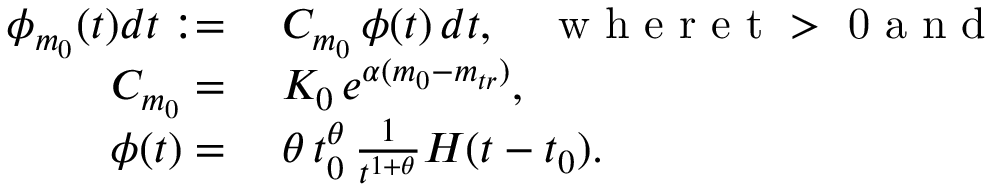
\begin{array} { r l } { \phi _ { m _ { 0 } } ( t ) d t : = } & { { } \; C _ { m _ { 0 } } \, \phi ( t ) \, d t , \quad \mathrm { ~ w ~ h ~ e ~ r ~ e ~ t ~ > ~ 0 ~ a ~ n ~ d ~ } } \\ { C _ { m _ { 0 } } = } & { { } \; K _ { 0 } \, e ^ { \alpha ( m _ { 0 } - m _ { t r } ) } , } \\ { \phi ( t ) = } & { { } \; \theta \, t _ { 0 } ^ { \theta } \, \frac { 1 } { t ^ { 1 + \theta } } H ( t - t _ { 0 } ) . } \end{array}